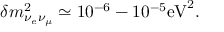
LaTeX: \delta m _ { \nu _ { e } \nu _ { \mu } } ^ { 2 } \simeq 1 0 ^ { - 6 } - 1 0 ^ { - 5 } \mathrm { e V } ^ { 2 } .